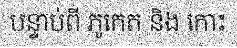
បន្ទាប់ពី ភូកេត និង កោះ